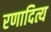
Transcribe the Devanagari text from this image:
रणादित्य